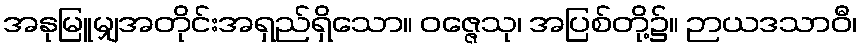
အနုမြူမျှအတိုင်းအရှည်ရှိသော။ ဝဇ္ဇေသု၊ အပြစ်တို့၌။ ဉာယဒသာဝီ၊